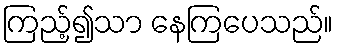
ကြည့်၍သာ နေကြပေသည်။